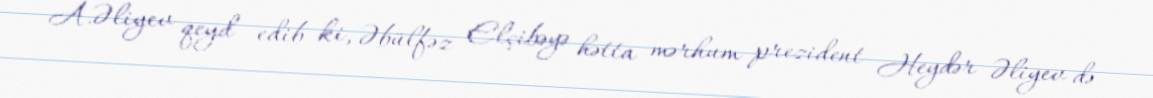
A.Əliyev qeyd edib ki, Əbülfəz Elçibəyə hətta mərhum prezident Heydər Əliyev də